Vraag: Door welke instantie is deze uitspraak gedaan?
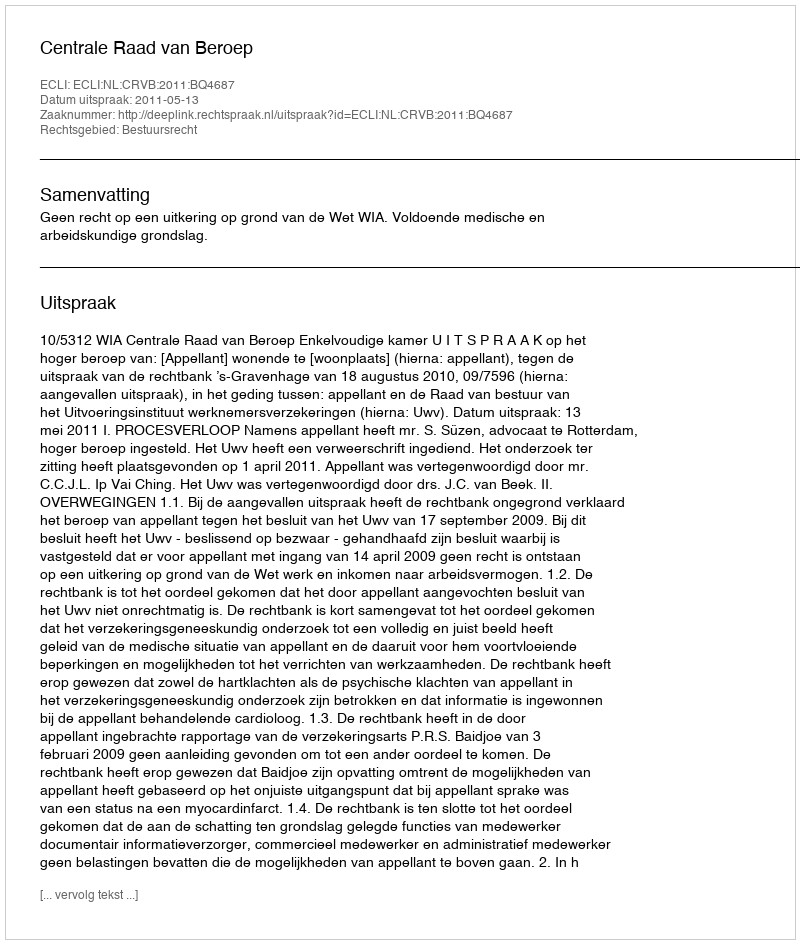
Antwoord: Centrale Raad van Beroep